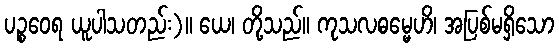
ပဉ္စဝေရ ယူပါသတည်း)။ ယေ၊ တို့သည်။ ကုသလဓမ္မေဟိ၊ အပြစ်မရှိသော